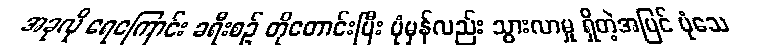
အခုလို ရေကြောင်း ခရီးစဉ် တိုတောင်းပြီး ပုံမှန်လည်း သွားလာမှု ရှိတဲ့အပြင် ပုံသေ